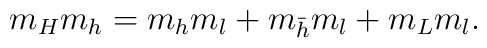
m_Hm_h=m_{h}m_{l}+m_{{\bar h}}m_{l}+m_{L}m_{l}.